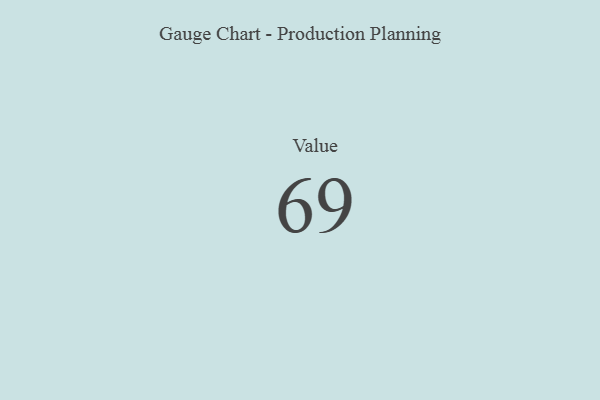
{"axis": {"x": "Metric", "y": "Value"}, "legend": [""], "data": [{"x": "Value", "y": 69, "type": ""}]}